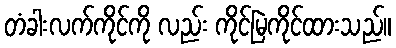
တံခါးလက်ကိုင်ကို လည်း ကိုင်မြဲကိုင်ထားသည်။